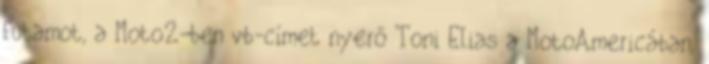
futamot, a Moto2-ben vb-címet nyerő Toni Elias a MotoAmericában,